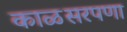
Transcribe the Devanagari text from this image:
काळसरपणा